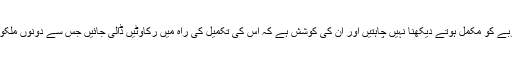
انہوں نے کہا ک بعض بیرونی قوتیں اس منصوبے کو مکمل ہوتے دیکھنا نہیں چاہتیں اور ان کی کوشش ہے کہ اس کی تکمیل کی راہ میں رکاوٹیں ڈالی جائیں جس سے دونوں ملکوں کے عوام اور حکومتوں کو ہوشیار رہنا ہوگا۔